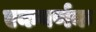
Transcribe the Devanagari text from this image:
एकवर्णक